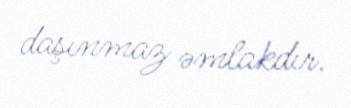
daşınmaz əmlakdır.